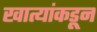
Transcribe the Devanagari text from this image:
खात्यांकडून